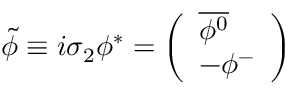
\tilde { \phi } \equiv i \sigma _ { 2 } \phi ^ { * } = \left( \begin{array} { l } { { \overline { { { \phi ^ { 0 } } } } } } \\ { { - \phi ^ { - } } } \end{array} \right)